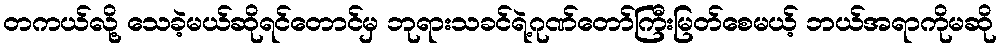
တကယ်လို့ သေခဲ့မယ်ဆိုရင်တောင်မှ ဘုရားသခင်ရဲ့ဂုဏ်တော်ကြီးမြတ်စေမယ့် ဘယ်အရာကိုမဆို